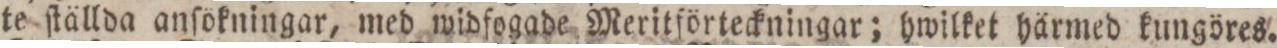
te ſtällda anſokningar, med widfogade Meritförteckningar; hwilket härmed kungöres.